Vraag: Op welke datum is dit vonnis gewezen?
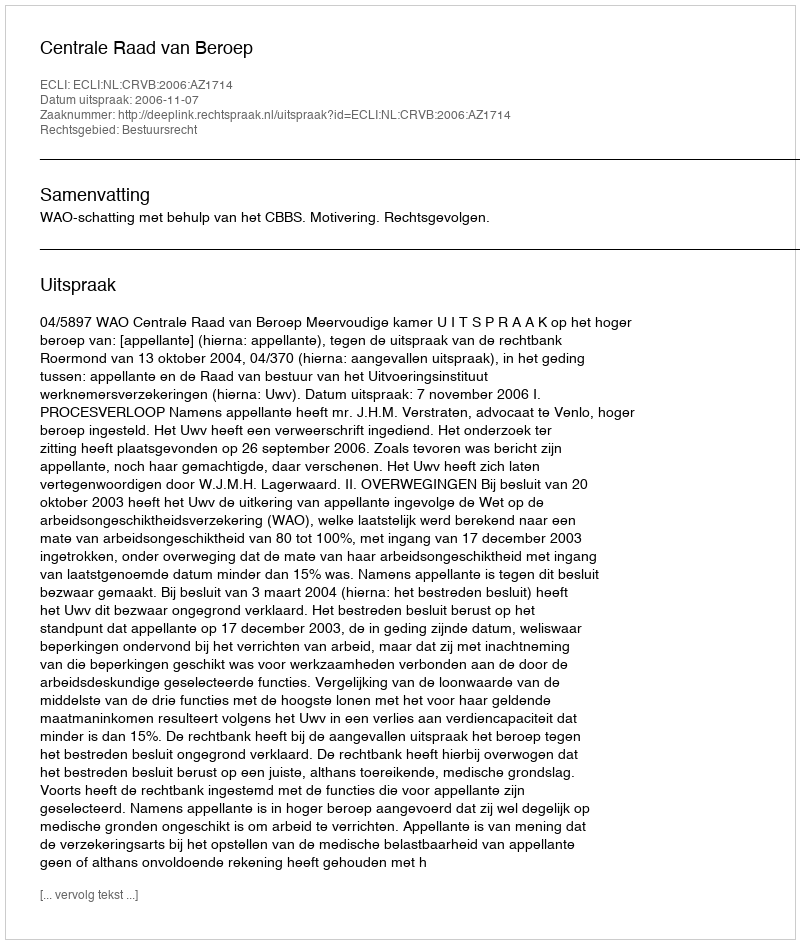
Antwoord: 2006-11-07